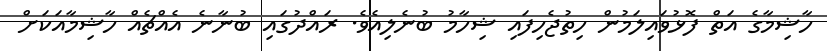
ހާޝިމާގެ އަތް ފޮޅުވައިލަމުން ހިތުޖެހިފައި ޝިހާމު ބުނެލިއެވެ. ރައްދުގައި ބުނާނެ އެއްޗެއް ހާޝިމާއަކަށް